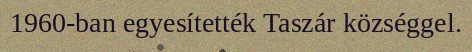
1960-ban egyesítették Taszár községgel.